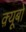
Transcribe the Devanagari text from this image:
क़्यूबो